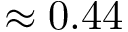
\approx 0 . 4 4